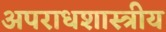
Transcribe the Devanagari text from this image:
अपराधशास्त्रीय